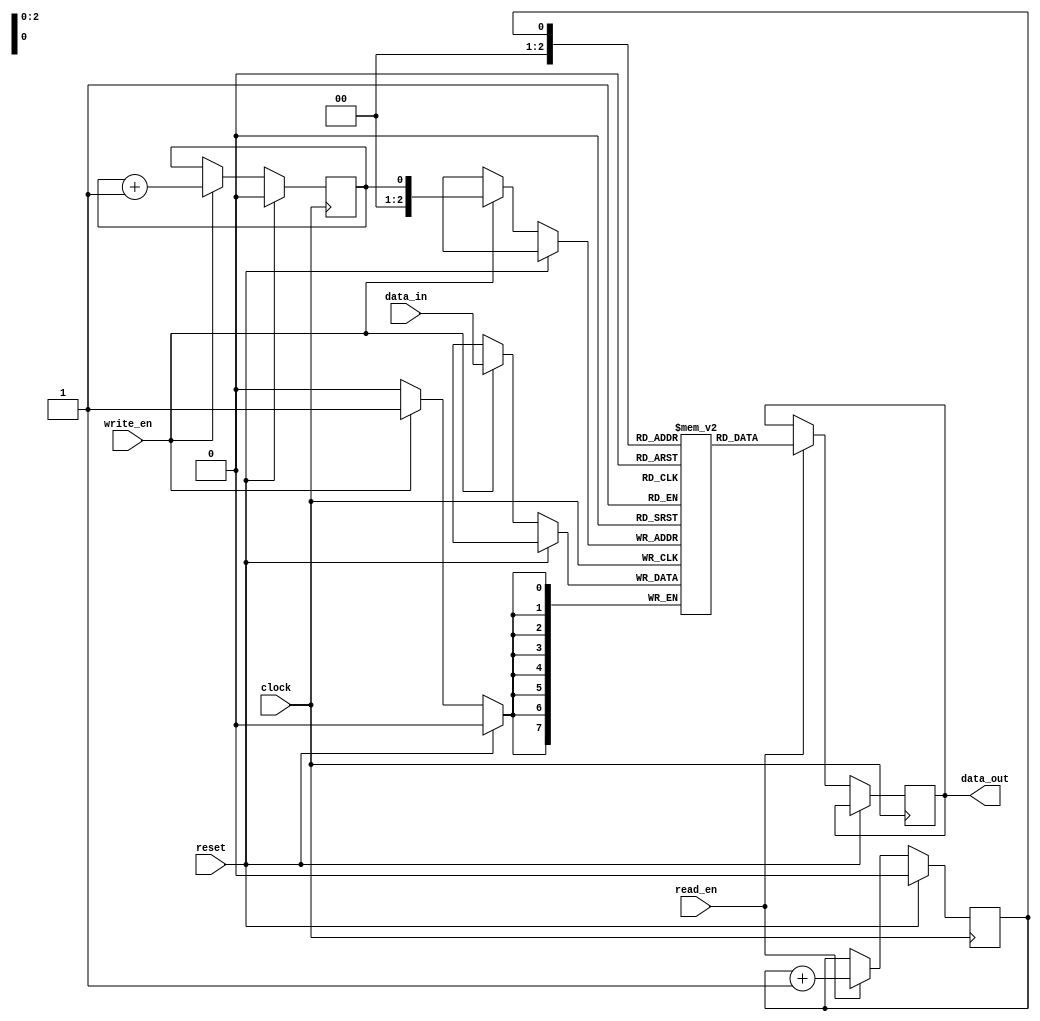
module fifo_buffer (
    input wire clock,
    input wire reset,
    input wire write_en,
    input wire read_en,
    input wire [7:0] data_in,
    output reg [7:0] data_out
);

parameter BUFFER_DEPTH = 8;

reg [7:0] buffer [0:BUFFER_DEPTH-1];
reg write_ptr = 0;
reg read_ptr = 0;

always @(posedge clock) begin
    if (reset) begin
        write_ptr <= 0;
        read_ptr <= 0;
    end else begin
        if (write_en) begin
            buffer[write_ptr] <= data_in;
            write_ptr <= write_ptr + 1;
        end
        if (read_en) begin
            data_out <= buffer[read_ptr];
            read_ptr <= read_ptr + 1;
        end
    end
end

endmodule